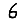
Digit: 6